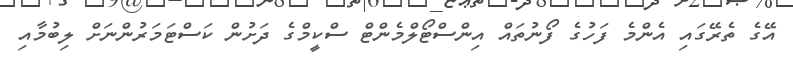
އޭގެ ތެރޭގައި އެންމެ ފަހުގެ ފޯނުތައް އިންސްޓޯލްމެންޓް ސްކީމްގެ ދަށުން ކަސްޓަމަރުންނަށް ލިބުމާއި